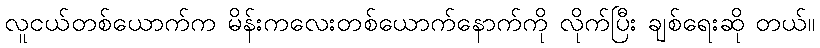
လူငယ်တစ်ယောက်က မိန်းကလေးတစ်ယောက်နောက်ကို လိုက်ပြီး ချစ်ရေးဆို တယ်။